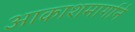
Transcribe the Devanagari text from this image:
आकाशमार्गाने